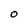
Character: O